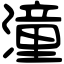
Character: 潼